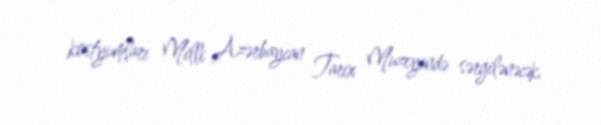
kostyumları Milli Azərbaycan Tarix Muzeyində sərgilənəcək.